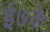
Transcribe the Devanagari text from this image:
ई७के